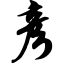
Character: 彦